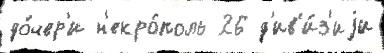
до́чер'и н'екро́поль 26 д'ив'и́з'иjи